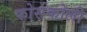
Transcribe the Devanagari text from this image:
फोर्सकोली